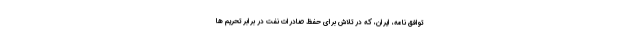
توافق نامه، ایران، که در تلاش برای حفظ صادرات نفت در برابر تحریم ها